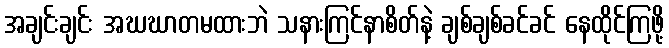
အချင်းချင်း အဃဃာတမထားဘဲ သနားကြင်နာစိတ်နဲ့ ချစ်ချစ်ခင်ခင် နေထိုင်ကြဖို့